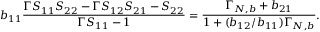
b _ { 1 1 } \frac { \Gamma S _ { 1 1 } S _ { 2 2 } - \Gamma S _ { 1 2 } S _ { 2 1 } - S _ { 2 2 } } { \Gamma S _ { 1 1 } - 1 } = \frac { \Gamma _ { N , b } + b _ { 2 1 } } { 1 + ( b _ { 1 2 } / b _ { 1 1 } ) \Gamma _ { N , b } } .